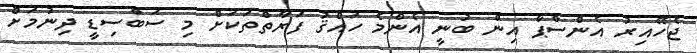
ޖެހޭއިރު އެންސްޕާ އިން ބުނީ އެންމެ ހައްޤު ފަރާތްތަކަށް މި ސަބްސިޑީ ދިނުމަށް